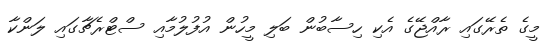
މީގެ ތެރޭގައި ރާއްޖޭގެ އެކި ހިސާބުން ބަލި މީހުން އުފުލުމާއި ސްޓްރެޗާގައި ލަންކާ